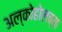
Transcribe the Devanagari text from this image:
अल्कोहोलच्या